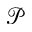
\mathcal { P }